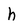
Character: h